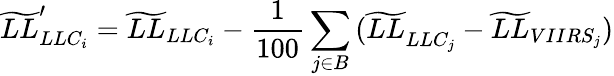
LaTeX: \widetilde{LL}_{LLC_{i}}^{\prime}=\widetilde{LL}_{LLC_{i}}-\frac{1}{100}\displaystyle\sum_{j\in B}{(\widetilde{LL}}_{LLC_{j}}-\widetilde{LL}_{VIIRS_{j}})